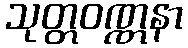
သုတ္တဝဏ္ဏနာ